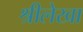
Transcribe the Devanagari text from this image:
श्रीलेखा